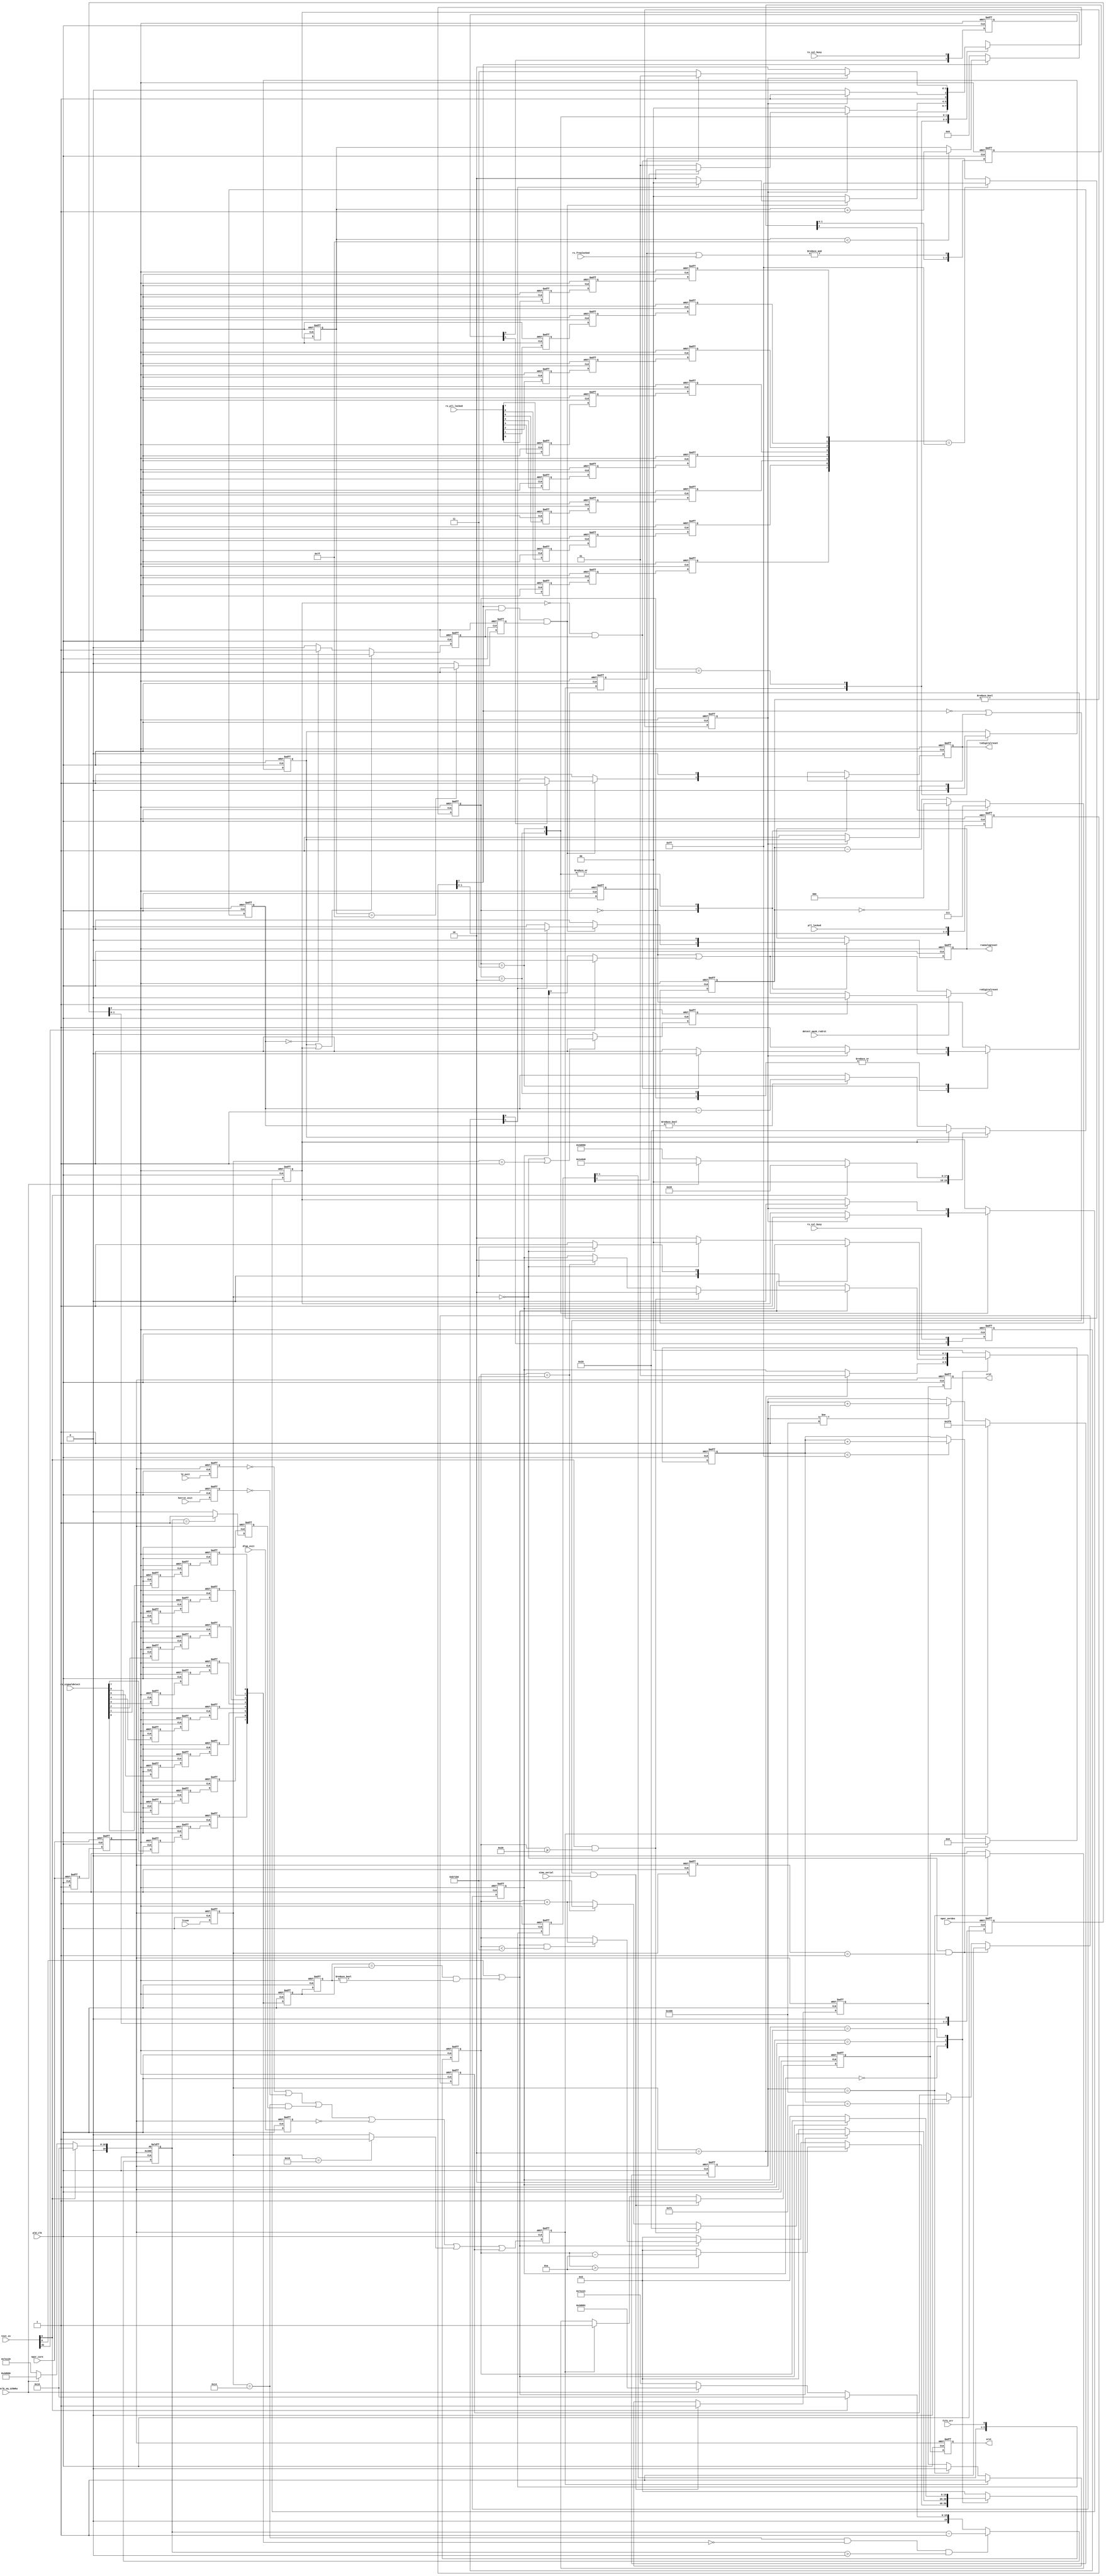
module altpcie_rs_serdes # (
      parameter HIPRST_USE_LTSSM_HOTRESET          = 1,
      parameter HIPRST_USE_LTSSM_DISABLE           = 1,
      parameter HIPRST_USE_LTSSM_EXIT_DETECTQUIET  = 1,
      parameter HIPRST_USE_L2                      = 1,
      parameter HIPRST_USE_DLUP_EXIT               = 1
   )(
   input pld_clk,
   input [39:0]   test_in,
   input [4:0]    ltssm,
   input dlup_exit,
   input hotrst_exit,
   input l2_exit,
   input npor_serdes,
   input npor_core,
   input pll_locked,
   input tx_cal_busy,
   input rx_cal_busy,
   input [7:0] rx_pll_locked,
   input [7:0] rx_freqlocked,
   input [7:0] rx_signaldetect,
   input simu_serial,
   input fifo_err,
   input rc_inclk_eq_125mhz,
   input detect_mask_rxdrst,

   output crst,
   output srst,
   output txdigitalreset,
   output rxanalogreset,
   output rxdigitalreset
);

   localparam [19:0] WS_SIM = 20'h00020;
   localparam [19:0] WS_1MS_10000 = 20'h186a0;
   localparam [19:0] WS_1MS_12500 = 20'h1e848;
   localparam [19:0] WS_1MS_15625 = 20'h2625a;
   localparam [19:0] WS_1MS_25000 = 20'h3d090;

   localparam [1:0] STROBE_TXPLL_LOCKED_SD_CNT = 2'b00;
   localparam [1:0] IDLE_ST_CNT                = 2'b01;
   localparam [1:0] STABLE_TX_PLL_ST_CNT       = 2'b10;
   localparam [1:0] WAIT_STATE_ST_CNT          = 2'b11;

   localparam [1:0] IDLE_ST_SD = 2'b00;
   localparam [1:0] RSET_ST_SD = 2'b01;
   localparam [1:0] DONE_ST_SD = 2'b10;
   localparam [1:0] DFLT_ST_SD = 2'b11;

   localparam [4:0] LTSSM_DETQ= 5'b00000;
   localparam [4:0] LTSSM_DETA= 5'b00001;
   localparam [4:0] LTSSM_POL = 5'b00010;
   localparam [4:0] LTSSM_CPL = 5'b00011;
   localparam [4:0] LTSSM_DET = 5'b00000;
   localparam [4:0] LTSSM_RCV = 5'b01100;
   localparam [4:0] LTSSM_DIS = 5'b10000;
   localparam [23:0] RCV_TIMEOUT = 24'd6000000;

   genvar i;

   `ifdef ALTERA_RESERVED_QIS_ES
      localparam SV_ES_DEVICE          =  1;
   `else
      localparam SV_ES_DEVICE          =  0;
   `endif


   // Reset
   wire arst;
   reg [2:0] arst_r;

   // Test
   wire test_sim;             // When 1 simulation mode
   wire test_cbb_compliance;  // When 1 DUT is under PCIe Compliance board test mode

   (* syn_encoding = "user" *) reg  [1:0] serdes_rst_state;

   reg [19:0] waitstate_timer;

   reg txdigitalreset_r;
   reg rxanalogreset_r;
   reg rxdigitalreset_r;
   reg ws_tmr_eq_0;
   reg ld_ws_tmr;
   reg ld_ws_tmr_short;
   wire rx_pll_freq_locked;
   reg [7:0] rx_pll_locked_sync_r;
   reg [2:0] rx_pll_freq_locked_cnt  ;
   reg       rx_pll_freq_locked_sync_r  ;
   reg [1:0] tx_cal_busy_r;
   reg [1:0] rx_cal_busy_r;
   wire pll_locked_sync;
   reg [2:0] pll_locked_r;
   reg [6:0] pll_locked_cnt;
   reg       pll_locked_stable;

   wire rx_pll_freq_locked_sync;
   reg [2:0] rx_pll_freq_locked_r;

   reg [2:0] fifo_err_sync_r;
   wire [2:0] fifo_err_sync;

   wire [7:0] rx_pll_locked_sync;
   reg  [7:0] rx_pll_locked_r;
   reg  [7:0] rx_pll_locked_rr;
   reg  [7:0] rx_pll_locked_rrr;

   wire [7:0] rx_signaldetect_sync;
   reg  [7:0] rx_signaldetect_r;
   reg  [7:0] rx_signaldetect_rr;
   reg  [7:0] rx_signaldetect_rrr;

   reg ltssm_detect; // when 1 , the LTSSM is in detect state

   reg [7:0] rx_sd_strb0;
   reg [7:0] rx_sd_strb1;
   wire stable_sd;
   wire rst_rxpcs_sd;
   (* syn_encoding = "user" *) reg [1:0]    sd_state; //State machine for rx_signaldetect strobing;
   reg [ 19: 0] rx_sd_idl_cnt;

   reg [19:0] hotreset_cnt;
   reg        hotreset_2ms;

   reg              any_rstn_r /* synthesis ALTERA_ATTRIBUTE = "SUPPRESS_DA_RULE_INTERNAL=R102 ; SUPPRESS_DA_RULE_INTERNAL=R101"  */;
   reg              any_rstn_rr /* synthesis ALTERA_ATTRIBUTE = "SUPPRESS_DA_RULE_INTERNAL=R102 ; SUPPRESS_DA_RULE_INTERNAL=R101"  */;
   reg              crst0;
   reg              crst_r;
   reg     [  4: 0] dl_ltssm_r;
   reg     [  4: 0] dl_ltssm_rr;
   reg              dlup_exit_r;
   reg              exits_r;
   reg              hotrst_exit_r;
   reg              l2_exit_r;
   reg     [ 10: 0] rsnt_cntn;
   reg              srst0;
   reg              srst_r;
   wire             ext_dect_quiet;


   // Gen3 stuck at recovery bug
   wire          recovery_rst;

   assign test_sim            =test_in[0];
   assign test_cbb_compliance =test_in[32];

   // SERDES reset outputs
   assign txdigitalreset = txdigitalreset_r ;
   assign rxanalogreset  = rxanalogreset_r  ;
   assign rxdigitalreset = (detect_mask_rxdrst==1'b0)?rxdigitalreset_r|rst_rxpcs_sd:(ltssm_detect==1'b1)?1'b0:rxdigitalreset_r | rst_rxpcs_sd;

   //npor Reset Synchronizer on pld_clk
   always @(posedge pld_clk or negedge npor_serdes) begin
      if (npor_serdes == 1'b0) begin
         arst_r[2:0] <= 3'b111;
      end
      else begin
         arst_r[2:0] <= {arst_r[1],arst_r[0],1'b0};
      end
   end
   assign arst = arst_r[2];

   // Synchronize pll_lock,rx_pll_freq_locked to pld_clk
   // using 3 level sync circuit
   assign rx_pll_freq_locked = &(rx_pll_locked_sync_r[7:0] | rx_freqlocked[7:0] );
   always @(posedge pld_clk or posedge arst) begin
      if (arst == 1'b1) begin
         pll_locked_r[2:0]          <= 3'b000;
         rx_pll_freq_locked_r[2:0]  <= 3'b000;
         fifo_err_sync_r[2:0]       <= 3'b000;
      end
      else begin
         pll_locked_r[2:0]          <= {pll_locked_r[1],pll_locked_r[0],pll_locked};
         rx_pll_freq_locked_r[2:0]  <= {rx_pll_freq_locked_r[1],rx_pll_freq_locked_r[0],rx_pll_freq_locked};
         fifo_err_sync_r[2:0]       <= {fifo_err_sync_r[1],fifo_err_sync_r[0],fifo_err};
      end
   end
   assign pll_locked_sync           = pll_locked_r[2];
   assign rx_pll_freq_locked_sync   = rx_pll_freq_locked_r[2];
   assign fifo_err_sync             = fifo_err_sync_r[2];

   // Synchronize rx_pll_locked[7:0],rx_signaldetect[7:0] to pld_clk
   // using 3 level sync circuit
   generate
      for (i=0;i<8;i=i+1) begin : g_rx_pll_locked_sync
         always @(posedge pld_clk or posedge arst) begin
            if (arst == 1'b1) begin
               rx_pll_locked_r[i]      <= 1'b0;
               rx_pll_locked_rr[i]     <= 1'b0;
               rx_pll_locked_rrr[i]    <= 1'b0;

               rx_signaldetect_r[i]    <= 1'b0;
               rx_signaldetect_rr[i]   <= 1'b0;
               rx_signaldetect_rrr[i]  <= 1'b0;
            end
            else begin
               rx_pll_locked_r[i]      <= rx_pll_locked[i];
               rx_pll_locked_rr[i]     <= rx_pll_locked_r[i];
               rx_pll_locked_rrr[i]    <= rx_pll_locked_rr[i];

               rx_signaldetect_r[i]    <= rx_signaldetect[i];
               rx_signaldetect_rr[i]   <= rx_signaldetect_r[i];
               rx_signaldetect_rrr[i]  <= rx_signaldetect_rr[i];
            end
         end
         assign rx_pll_locked_sync[i]   = rx_pll_locked_rrr[i];
         assign rx_signaldetect_sync[i] = rx_signaldetect_rrr[i];
      end
   endgenerate

   generate begin : g_recovery_rst
      if (SV_ES_DEVICE==1) begin
         // Monitor if LTSSM is frozen in RECOVERY state
         // Issue reset if timeout RCV_TIMEOUT
         reg [23:0]  recovery_cnt;
         reg recovery_r_rst;
         always @(posedge pld_clk or posedge arst) begin
            if (arst == 1'b1) begin
               recovery_cnt <= {24{1'b0}};
               recovery_r_rst <= 1'b0;
            end
            else begin
               if (dl_ltssm_r != LTSSM_RCV)
                  recovery_cnt <= {24{1'b0}};
               else if (recovery_cnt == RCV_TIMEOUT)
                  recovery_cnt <= recovery_cnt;
               else if (dl_ltssm_r == LTSSM_RCV)
                  recovery_cnt <= recovery_cnt + 24'h1;

               if (recovery_cnt == RCV_TIMEOUT)
                  recovery_r_rst <= 1'b1;
               else if (dl_ltssm_r != LTSSM_RCV)
                  recovery_r_rst <= 1'b0;
            end
         end
         assign recovery_rst = recovery_r_rst;
      end
      else begin
         assign recovery_rst = 1'b0;
      end
   end
   endgenerate

   generate begin : g_exit_detectquiet
      if (HIPRST_USE_LTSSM_EXIT_DETECTQUIET==1) begin
         // Keep LTSSM in reset for 1us before transition from Detect.quiet to
         // Detect.active
         // Since the fastest pld_clk is 250Mhz (4ns) and the minimum wait is 1us,
         // the max_reset_cnt = 1024/4 = 256
         reg [7:0]   cnt_dect_quiet_low;
         reg         ext_dect_quiet_r;
         always @(posedge pld_clk or posedge arst) begin
            if (arst == 1'b1) begin
               cnt_dect_quiet_low   <= 8'hFF;
               ext_dect_quiet_r     <= 1'b0;
            end
            else  begin
               if ((dl_ltssm_r == LTSSM_DETQ) && (dl_ltssm_rr == LTSSM_DETA)) begin
                  cnt_dect_quiet_low   <= 8'h0;
                  ext_dect_quiet_r     <= 1'b1;
               end
               else begin
                  if (cnt_dect_quiet_low < 8'hFF ) begin
                     cnt_dect_quiet_low <= cnt_dect_quiet_low + 8'h1;
                  end
                  if (cnt_dect_quiet_low == 8'hFE ) begin
                     ext_dect_quiet_r <= 1'b0;
                  end
               end
            end
         end
         assign ext_dect_quiet = ext_dect_quiet_r;
      end
      else begin
         assign ext_dect_quiet = 1'b0;
      end
   end
   endgenerate

   always @(posedge pld_clk or posedge arst) begin
      if (arst == 1'b1) begin
         txdigitalreset_r              <= 1'b1 ;
         rxanalogreset_r               <= 1'b1 ;
         rxdigitalreset_r              <= 1'b1 ;
         waitstate_timer               <= 20'hFFFFF ;
         serdes_rst_state              <= STROBE_TXPLL_LOCKED_SD_CNT ;
         ws_tmr_eq_0                   <= 1'b0 ;
         ld_ws_tmr                     <= 1'b1 ;
         ld_ws_tmr_short               <= 1'b0 ;
         rx_pll_freq_locked_cnt        <= 3'h0;
         rx_pll_freq_locked_sync_r     <= 1'b0;
         rx_pll_locked_sync_r          <= 8'h00;
         tx_cal_busy_r                 <= 2'b11;
         rx_cal_busy_r                 <= 2'b11;
         pll_locked_cnt                <= 7'h0;
         pll_locked_stable             <= 1'b0;
         ltssm_detect                  <= 1'b1;
      end
      else begin
         if ((dl_ltssm_r==5'h0)||(dl_ltssm_r==5'h1)) begin
            ltssm_detect    <= 1'b1;
         end
         else begin
            ltssm_detect    <= 1'b0;
         end
         if ( rx_pll_locked_sync[7:0]==8'hFF ) begin
            rx_pll_locked_sync_r   <= 8'hFF;
         end
         // add hysteresis for losing lock
         if (rx_pll_freq_locked_sync == 1'b1) begin
           rx_pll_freq_locked_cnt <= 3'h7;
         end
         else if (rx_pll_freq_locked_cnt == 3'h0) begin
           rx_pll_freq_locked_cnt <= 3'h0;
         end
         else if (rx_pll_freq_locked_sync == 1'b0) begin
           rx_pll_freq_locked_cnt <= rx_pll_freq_locked_cnt - 3'h1;
         end
         rx_pll_freq_locked_sync_r <= (rx_pll_freq_locked_cnt != 3'h0);
         tx_cal_busy_r[1]          <= tx_cal_busy_r[0];
         tx_cal_busy_r[0]          <= tx_cal_busy;
         rx_cal_busy_r[1]          <= rx_cal_busy_r[0];
         rx_cal_busy_r[0]          <= rx_cal_busy;

         if (pll_locked_sync==1'b0) begin
            pll_locked_cnt <= 7'h0;
         end
         else if (pll_locked_cnt < 7'h7F) begin
            pll_locked_cnt <= pll_locked_cnt+7'h1;
         end
         pll_locked_stable <= (pll_locked_cnt==7'h7F)?1'b1:1'b0;

         if (ld_ws_tmr == 1'b1) begin
            if (test_sim == 1'b1) begin
               waitstate_timer <= WS_SIM ;
            end
            else if (rc_inclk_eq_125mhz == 1'b1) begin
              waitstate_timer <= WS_1MS_12500 ;
            end
            else begin
              waitstate_timer <= WS_1MS_25000 ;
            end
         end
         else if (ld_ws_tmr_short == 1'b1) begin
            waitstate_timer <= WS_SIM ;
         end
         else if (waitstate_timer != 20'h00000) begin
            waitstate_timer <= waitstate_timer - 20'h1 ;
         end

         if (ld_ws_tmr == 1'b1 | ld_ws_tmr_short) begin
            ws_tmr_eq_0 <= 1'b0 ;
         end
         else if (waitstate_timer == 20'h00000) begin
            ws_tmr_eq_0 <= 1'b1 ;
         end
         else begin
            ws_tmr_eq_0 <= 1'b0 ;
         end

         case (serdes_rst_state)
            STROBE_TXPLL_LOCKED_SD_CNT : begin
               ld_ws_tmr <= 1'b0 ;
               if ((pll_locked_sync == 1'b1) && (ws_tmr_eq_0 == 1'b1) && (pll_locked_stable==1'b1)) begin
                  serdes_rst_state <= (rx_cal_busy_r[1]==1'b1)?STROBE_TXPLL_LOCKED_SD_CNT:STABLE_TX_PLL_ST_CNT ;
                  txdigitalreset_r <= (tx_cal_busy_r[1]==1'b1)?1'b1:1'b0;
                  rxanalogreset_r  <= (rx_cal_busy_r[1]==1'b1)?1'b1:1'b0;
                  rxdigitalreset_r <= 1'b1 ;
               end
               else begin
                  serdes_rst_state      <= STROBE_TXPLL_LOCKED_SD_CNT ;
                  txdigitalreset_r <= 1'b1 ;
                  rxanalogreset_r  <= 1'b1 ;
                  rxdigitalreset_r <= 1'b1 ;
               end
            end
            IDLE_ST_CNT : begin
               if (rx_pll_freq_locked_sync_r == 1'b1) begin
                  if (fifo_err_sync == 1'b1) begin
                     serdes_rst_state <= STABLE_TX_PLL_ST_CNT ;
                  end
                  else begin
                     serdes_rst_state <= IDLE_ST_CNT ;
                  end
               end
               else begin
                  serdes_rst_state <= STROBE_TXPLL_LOCKED_SD_CNT ;
                  ld_ws_tmr   <= 1'b1 ;
               end
            end
            STABLE_TX_PLL_ST_CNT : begin
               if (rx_pll_freq_locked_sync_r == 1'b1) begin
                  serdes_rst_state      <= WAIT_STATE_ST_CNT ;
                  txdigitalreset_r <= 1'b0 ;
                  rxanalogreset_r  <= 1'b0 ;
                  rxdigitalreset_r <= 1'b1 ;
                  ld_ws_tmr_short  <= 1'b1 ;
               end
               else begin
                  serdes_rst_state <= STABLE_TX_PLL_ST_CNT ;
                  txdigitalreset_r <= 1'b0 ;
                  rxanalogreset_r  <= 1'b0 ;
                  rxdigitalreset_r <= 1'b1 ;
               end
            end
            WAIT_STATE_ST_CNT : begin
               if (rx_pll_freq_locked_sync_r == 1'b1) begin
                  ld_ws_tmr_short <= 1'b0 ;
                  if (ld_ws_tmr_short == 1'b0 & ws_tmr_eq_0 == 1'b1) begin
                     serdes_rst_state <= IDLE_ST_CNT ;
                     txdigitalreset_r <= 1'b0 ;
                     rxanalogreset_r  <= 1'b0 ;
                     rxdigitalreset_r <= 1'b0 ;
                  end
                  else begin
                     serdes_rst_state <= WAIT_STATE_ST_CNT ;
                     txdigitalreset_r <= 1'b0 ;
                     rxanalogreset_r  <= 1'b0 ;
                     rxdigitalreset_r <= 1'b1 ;
                  end
               end
               else begin
                  serdes_rst_state <= STABLE_TX_PLL_ST_CNT ;
                  txdigitalreset_r <= 1'b0 ;
                  rxanalogreset_r  <= 1'b0 ;
                  rxdigitalreset_r <= 1'b1 ;
               end
            end
            default : begin
               serdes_rst_state  <= STROBE_TXPLL_LOCKED_SD_CNT ;
               waitstate_timer   <= 20'hFFFFF ;
            end
         endcase
      end
   end

////////////////////////////////////////////////////////////////
//
// Signal detect logic use suffix/prefix _sd
//

// rx_signaldetect strobing (stable_sd)
   assign rst_rxpcs_sd = ((test_cbb_compliance==1'b1))?1'b0:sd_state[0];
   always @(posedge pld_clk or posedge arst) begin
      if (arst == 1'b1) begin
         rx_sd_strb0[7:0] <= 8'h00;
         rx_sd_strb1[7:0] <= 8'h00;
      end
      else begin
         rx_sd_strb0[7:0] <= rx_signaldetect_sync[7:0];
         rx_sd_strb1[7:0] <= rx_sd_strb0[7:0];
      end
   end
   assign stable_sd = (test_in[6]) || ((rx_sd_strb1[7:0] == rx_sd_strb0[7:0]) & (rx_sd_strb1[7:0] != 8'h00));

   //signal detect based reset logic
   always @(posedge pld_clk or posedge arst) begin
      if (arst == 1'b1) begin
         rx_sd_idl_cnt  <= 20'h0;
         sd_state    <= IDLE_ST_SD;
      end
      else begin
         case (sd_state)

            IDLE_ST_SD: begin
               //reset RXPCS on polling.active
               if (dl_ltssm_r == LTSSM_POL) begin
                   rx_sd_idl_cnt <= (rx_sd_idl_cnt > 20'd10) ? rx_sd_idl_cnt - 20'd10 : 20'h0;
                   sd_state   <= RSET_ST_SD;
               end
               else begin //Incoming signal unstable, clear counter
                  if (stable_sd == 1'b0) begin
                     rx_sd_idl_cnt <= 20'h0;
                  end
                  else if ((stable_sd == 1'b1) & (rx_sd_idl_cnt < 20'd750000)) begin
                     rx_sd_idl_cnt <= rx_sd_idl_cnt + 20'h1;
                  end
               end
            end

            RSET_ST_SD: begin
               //Incoming data unstable, back to IDLE_ST_SD iff in detect
               if (stable_sd == 1'b0) begin
                   rx_sd_idl_cnt <= 20'h0;
                   sd_state   <= (dl_ltssm_r == LTSSM_DET) ? IDLE_ST_SD : RSET_ST_SD;
               end
               else begin
                  if ((test_sim == 1'b1) & (rx_sd_idl_cnt >= 20'd32)) begin
                      rx_sd_idl_cnt <= 20'd32;
                      sd_state   <= DONE_ST_SD;
                  end
                  else begin
                     if (rx_sd_idl_cnt == 20'd750000) begin
                        rx_sd_idl_cnt  <= 20'd750000;
                        sd_state    <= DONE_ST_SD;
                     end
                     else if (stable_sd == 1'b1) begin
                        rx_sd_idl_cnt <= rx_sd_idl_cnt + 20'h1;
                     end
                  end
               end
            end

            DONE_ST_SD: begin
               //Incoming data unstable, back to IDLE_ST_SD iff in detect
               if (stable_sd == 1'b0) begin
                   rx_sd_idl_cnt <= 20'h0;
                   sd_state   <= (dl_ltssm_r == LTSSM_DET) ? IDLE_ST_SD : DONE_ST_SD;
               end
            end

            default: begin
               rx_sd_idl_cnt  <= 20'h0;
               sd_state    <= IDLE_ST_SD;
            end

         endcase
      end
   end

//////////////////////////////////////////////////////////////
// crst and srst generation logic
/////////////////////////////////////////////////////////////

   assign crst = crst_r;
   assign srst = srst_r;

   wire ltssm_disable;
   assign ltssm_disable = (HIPRST_USE_LTSSM_DISABLE==0)?1'b0:(dl_ltssm_r    == 5'h10)?1'b1:1'b0;
   //pipe line exit conditions
   always @(posedge pld_clk or negedge any_rstn_rr) begin
      if (any_rstn_rr == 1'b0 ) begin
         dlup_exit_r   <= 1'b1;
         hotrst_exit_r <= 1'b1;
         l2_exit_r     <= 1'b1;
         exits_r       <= 1'b0;
      end
      else begin
         dlup_exit_r   <= (HIPRST_USE_DLUP_EXIT==0)      ?1'b1:dlup_exit;
         hotrst_exit_r <= (HIPRST_USE_LTSSM_HOTRESET==0) ?1'b1:hotrst_exit;
         l2_exit_r     <= (HIPRST_USE_L2==0)             ?1'b1:l2_exit;
         exits_r       <= (l2_exit_r     == 1'b0)                        |
                          (hotrst_exit_r == 1'b0)                        |
                          ((dl_ltssm_r   == 5'h14)&&(hotreset_2ms==1'b1))|
                          (dlup_exit_r   == 1'b0)                        |
                          (ltssm_disable == 1'b1)                        |
                          (recovery_rst  == 1'b1)                        |
                          (ext_dect_quiet== 1'b1);
      end
   end

   //LTSSM pipeline
   always @(posedge pld_clk or negedge any_rstn_rr) begin
      if (any_rstn_rr == 1'b0) begin
         dl_ltssm_r  <= 5'h0;
         dl_ltssm_rr <= 5'h0;
         hotreset_cnt  <= (test_sim==1'b1)?20'h10:(rc_inclk_eq_125mhz==1'b1)?20'h3D090:20'h7A120;
         hotreset_2ms  <= 1'b0;
      end
      else begin
         dl_ltssm_r  <= ltssm;
         dl_ltssm_rr <= dl_ltssm_r;
         if ((dl_ltssm_r == 5'h14) && (rx_signaldetect_sync[7:0]==8'h0) && (hotreset_cnt>20'h0)) begin
            hotreset_cnt <= hotreset_cnt-20'h1;
         end
         else begin
            hotreset_cnt  <= (test_sim==1'b1)?20'h10:(rc_inclk_eq_125mhz==1'b1)?20'h3D091:20'h7A121;
         end
         hotreset_2ms  <= (hotreset_cnt==20'h1)?1'b1:1'b0;
      end
   end

   //reset Synchronizer
   always @(posedge pld_clk or negedge npor_core) begin
      if (npor_core == 1'b0) begin
         any_rstn_r  <= 1'b0;
         any_rstn_rr <= 1'b0;
      end
      else begin
         any_rstn_r  <= 1'b1;
         any_rstn_rr <= any_rstn_r;
      end
   end

   //reset counter
   always @(posedge pld_clk or negedge any_rstn_rr) begin
      if (any_rstn_rr == 1'b0)
         rsnt_cntn <= 11'h0;
      else if (exits_r == 1'b1)
         rsnt_cntn <= 11'h3f0;
      else if (rsnt_cntn != 11'd1024)
         rsnt_cntn <= rsnt_cntn + 11'h1;
   end

   //sync and config reset
   always @(posedge pld_clk or negedge any_rstn_rr) begin
      if (any_rstn_rr == 1'b0) begin
          srst0 <= 1'b1;
          crst0 <= 1'b1;
      end
      else if (((pll_locked_sync == 1'b0)||(txdigitalreset_r==1'b1)) && (simu_serial==1'b1)) begin
          srst0 <= 1'b1;
          crst0 <= 1'b1;
      end
      else if (exits_r == 1'b1) begin
          srst0 <= 1'b1;
          crst0 <= 1'b1;
      end
      else // synthesis translate_off
         if ((test_sim == 1'b1) & (rsnt_cntn >= 11'd32)) begin
             srst0 <= 1'b0;
             crst0 <= 1'b0;
         end
         else // synthesis translate_on
            if (rsnt_cntn == 11'd1024) begin
               srst0 <= 1'b0;
               crst0 <= 1'b0;
         end
   end


  //sync and config reset pipeline
   always @(posedge pld_clk or negedge any_rstn_rr) begin
      if (any_rstn_rr == 1'b0) begin
         srst_r <= 1'b1;
         crst_r <= 1'b1;
      end
      else begin
         srst_r <= srst0;
         crst_r <= crst0;
      end
   end

endmodule